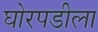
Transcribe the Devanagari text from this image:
घोरपडीला